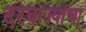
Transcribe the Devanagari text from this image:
दरवाज्यांचा